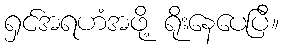
ရှင်အရဟံအဖို့ ရိုးနေပေပြီ။